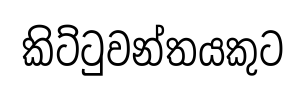
කිට්ටුවන්තයකුට